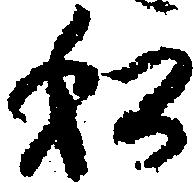
私